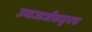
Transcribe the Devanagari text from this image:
उमाआजीकडूनच